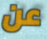
عن